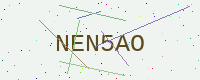
Text: NEN5AO